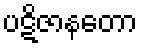
ပဋိဇာနတော